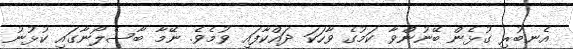
އެނބުރި ގުޅެން ބޭނުންވާ ކަމުގެ ވާހަކަ ދައްކާފައި ވުމެވެ. ނޭމާ ބާސެލޯނާގައި ކުޅުނު